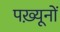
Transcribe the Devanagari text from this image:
पख़्यूनों